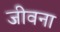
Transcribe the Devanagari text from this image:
जीवना